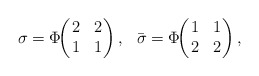
\begin{align*}\sigma=\Phi\!\!\left(\!\! \begin{array}{cc} 2& 2\\1& 1 \end{array}\!\! \right),~~\bar{\sigma}=\Phi\!\!\left(\!\! \begin{array}{cc} 1& 1\\2& 2 \end{array}\!\! \right),\end{align*}